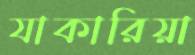
যাকারিয়া